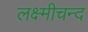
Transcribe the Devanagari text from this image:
लक्ष्मीचन्द